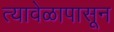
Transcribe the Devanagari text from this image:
त्यावेळापासून